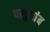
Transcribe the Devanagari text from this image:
पलुमांब